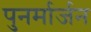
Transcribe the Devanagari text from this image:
पुनर्मार्जन